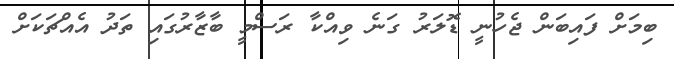
ބިމަށް ފައިބަން ޖެހުނީ ޑޮލަރު ގަނެ ވިއްކާ ރަސްމީ ބާޒާރުގައި ތަދު އެއްޗަކަށް